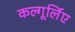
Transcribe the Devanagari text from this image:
कल्गूर्लिए